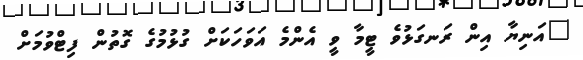
"އަނިޔާ އިން ރަނގަޅުވެ ޓީމާ ވީ އެންމެ އަވަހަކަށް ގުޅުމުގެ ގޮތުން ފިޓްވުމަށް